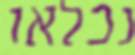
נכלאו